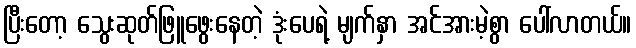
ပြီးတော့ သွေးဆုတ်ဖြူဖွေးနေတဲ့ ဒုံးပေရဲ့ မျက်နှာ အင်အားမဲ့စွာ ပေါ်လာတယ်။